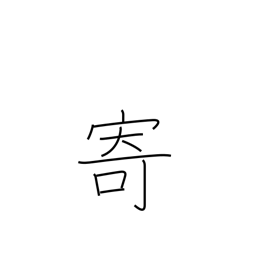
Meaning: bring near